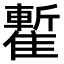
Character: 𩀧